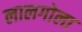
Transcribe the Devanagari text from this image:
लालगोला